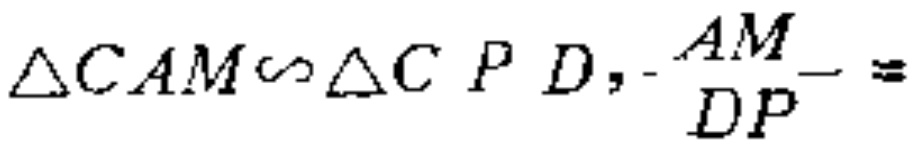
$\triangle CAM\backsim\triangle CPD,\frac{AM}{DP}=$